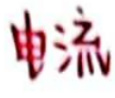
电流